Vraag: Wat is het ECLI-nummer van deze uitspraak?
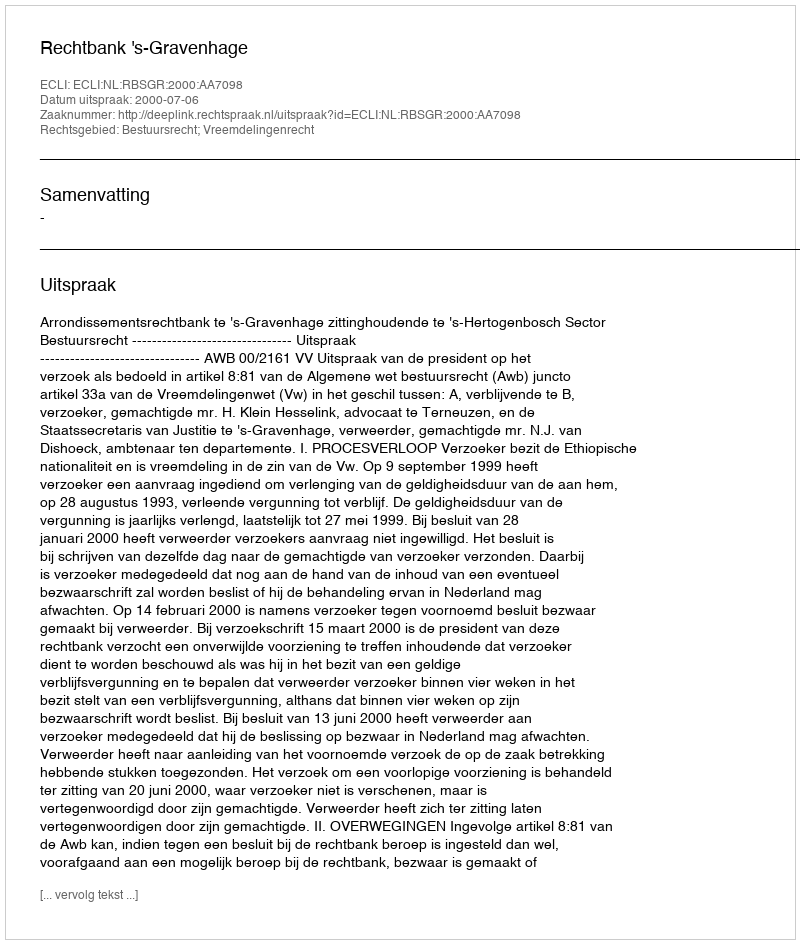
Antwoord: ECLI:NL:RBSGR:2000:AA7098